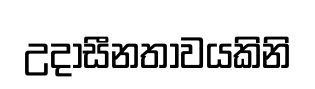
උදාසීනතාවයකිනි